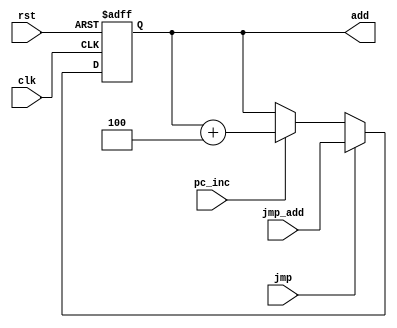
`timescale 1ns/1ns
module program_counter(pc_inc,rst,clk,jmp,jmp_add,add);
input wire pc_inc,rst,clk,jmp;
input wire[5:0] jmp_add;
output reg[5:0] add;
always @(posedge clk,posedge rst) begin
    if (rst) begin
      add <= 0;
    end 
	 else if(clk) begin
      if (jmp) begin
        add <= jmp_add;
      end else if (pc_inc) begin
        add[5:0] <= add[5:0] + 6'h04;
      end
    end

  end

endmodule

module pc_tb();
reg pc_inc,rst,clk,jmp;
reg[5:0] jmp_add;
wire[5:0] add;

program_counter pc(pc_inc,rst,clk,jmp,jmp_add,add);

always #25 clk=~clk;

initial begin
clk=0;
rst=1;
#25
rst=0;
jmp=0;
jmp_add=0;
pc_inc=1;
#500
$finish();
end
endmodule